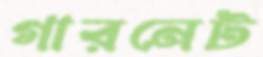
গারনেট